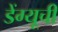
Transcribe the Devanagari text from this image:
डेंग्यूची